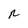
Character: n